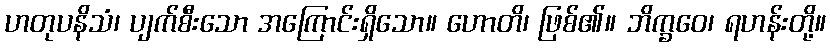
ဟတုပနိသံ၊ ပျက်စီးသော အကြောင်းရှိသော။ ဟောတိ၊ ဖြစ်၏။ ဘိက္ခဝေ၊ ရဟန်းတို့။